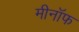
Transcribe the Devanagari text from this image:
मीनॉफ